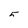
Character: 5